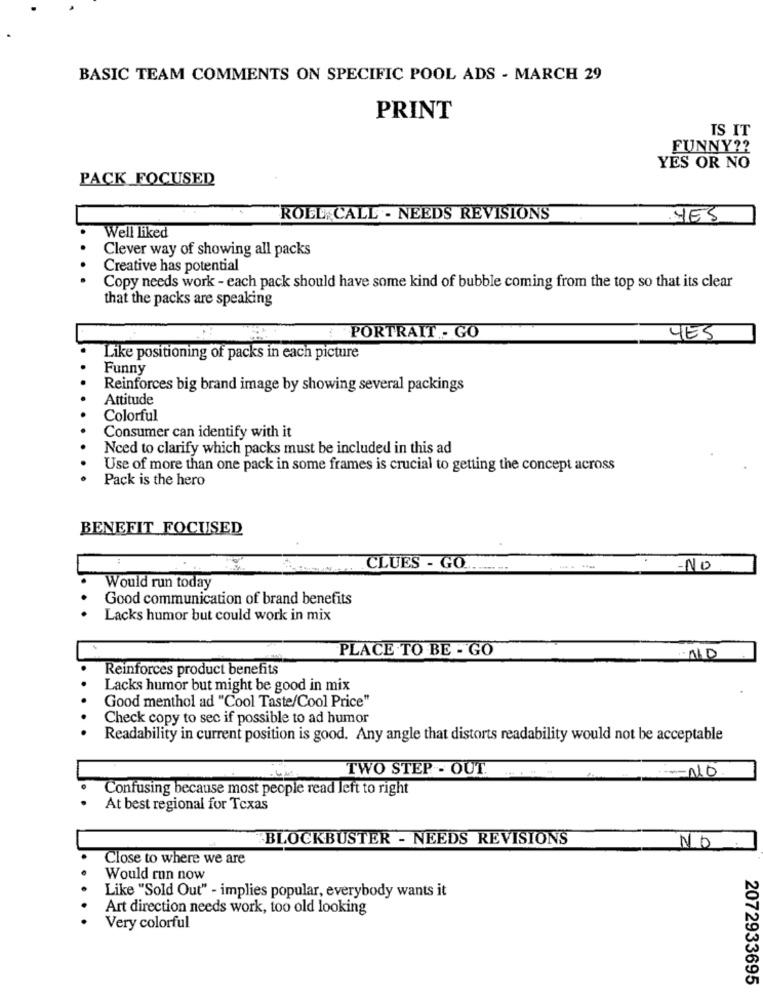
BASIC TEAM COMMENTS ON SPECIFIC POOL ADS - MARCH 29
PRINT
IS IT
FUNNY ??
YES OR NO
PACK FOCUSED
ROLL, CALL - NEEDS REVISIONS
YES
Well liked
Clever way of showing all packs
Creative has potential
Copy needs work - each pack should have some kind of bubble coming from the top so that its clear
that the packs are speaking
PORTRAIT . GO
YES
Like positioning of packs in each picture
Funny
Reinforces big brand image by showing several packings
Attitude
Colorful
Consumer can identify with it
Nced to clarify which packs must be included in this ad
Use of more than one pack in some frames is crucial to getting the concept across
Pack is the hero
BENEFIT FOCUSED
CLUES - GO ...........
-NO
Would run today
Good communication of brand benefits
Lacks humor but could work in mix
PLACE TO BE - GO
Reinforces product benefits
Lacks humor but might be good in mix
Good menthol ad "Cool Taste/Cool Price"
Check copy to sec if possible to ad humor
Readability in current position is good. Any angle that distorts readability would not be acceptable
TWO STEP - OUT.
NO
Confusing because most people read left to right
At best regional for Texas
BLOCKBUSTER - NEEDS REVISIONS
NO
Close to where we are
Would run now
Like "Sold Out" - implies popular, everybody wants it
Art direction needs work, too old looking
Very colorful
2072933695